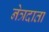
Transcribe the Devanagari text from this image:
नेत्रदाता